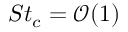
S t _ { c } = \mathcal { O } ( { 1 } )